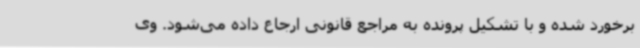
برخورد شده و با تشکیل پرونده به مراجع قانونی ارجاع داده می‌شود. وی